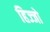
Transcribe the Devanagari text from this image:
हिज्जो